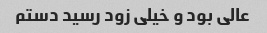
عالی بود و خیلی زود رسید دستم